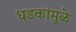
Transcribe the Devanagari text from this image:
धडकांमुळे